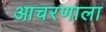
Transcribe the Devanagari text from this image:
आचरणाला